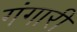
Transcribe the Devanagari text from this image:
गंगारी